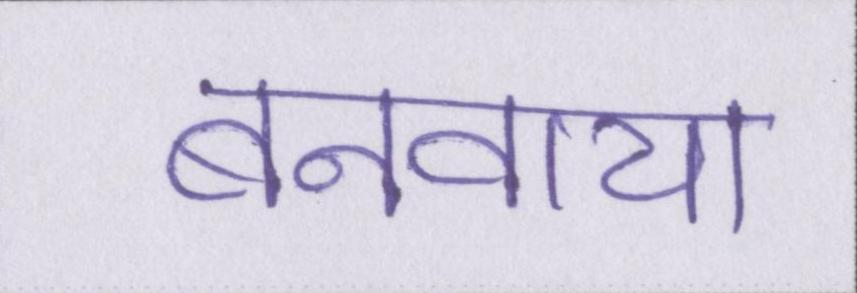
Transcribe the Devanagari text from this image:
बनवाया